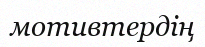
мотивтердің